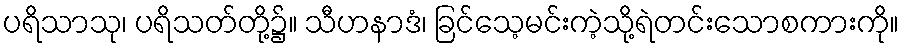
ပရိသာသု၊ ပရိသတ်တို့၌။ သီဟနာဒံ၊ ခြင်သေ့မင်းကဲ့သို့ရဲတင်းသောစကားကို။